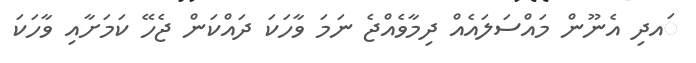
ައދި އެނޫން މައްސަލައެއް ދިމާވެއްޖެ ނަމަ ވާހަކަ ދައްކަން ޖެހޭ ކަމަށާއި ވާހަކަ